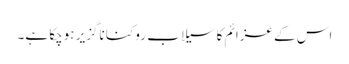
اس کے عزائم کا سیلاب روکنا ناگزیر ہوچکا ہے۔